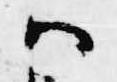
ハ